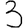
Digit: 3